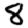
Digit: 8